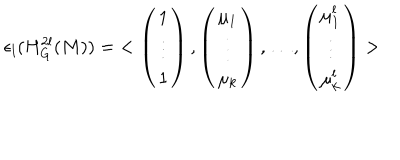
LaTeX: \epsilon _ { l } ( H _ { G } ^ { 2 l } ( M ) ) = \; < \left( \begin{array} { c c c } { { 1 } } \\ { { \vdots } } \\ { { 1 } } \\ \end{array} \right) , \left( \begin{array} { c c c } { { \mu _ { 1 } } } \\ { { \vdots } } \\ { { \mu _ { k } } } \\ \end{array} \right) , \ldots , \left( \begin{array} { c c c } { { \mu _ { 1 } ^ { l } } } \\ { { \vdots } } \\ { { \mu _ { k } ^ { l } } } \\ \end{array} \right) >